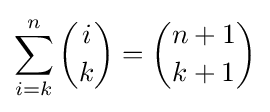
\sum _{i=k}^{n}{i \choose k}={n+1 \choose k+1}